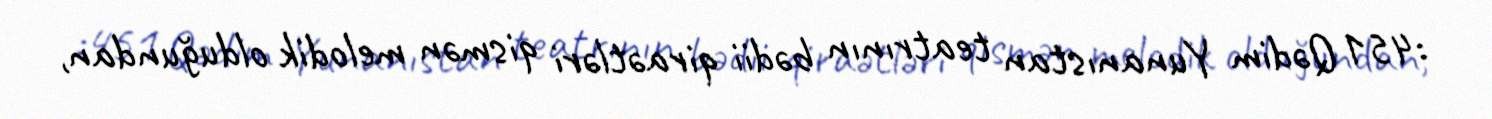
:451 Qədim Yunanıstan teatrının bədii qiraətləri qismən melodik olduğundan,